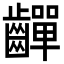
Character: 𪙣